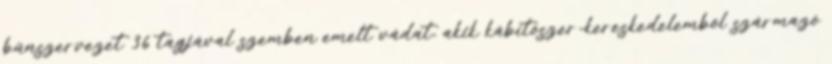
bűnszervezet 36 tagjával szemben emelt vádat, akik kábítószer-kereskedelemből származó